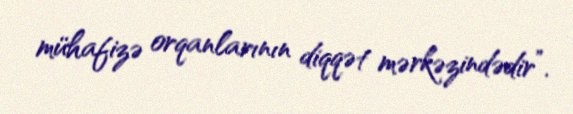
mühafizə orqanlarının diqqət mərkəzindədir”.